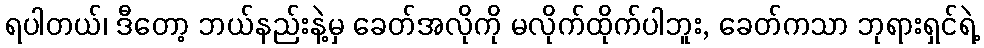
ရပါတယ်၊ ဒီတော့ ဘယ်နည်းနဲ့မှ ခေတ်အလိုကို မလိုက်ထိုက်ပါဘူး, ခေတ်ကသာ ဘုရားရှင်ရဲ့